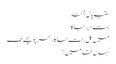
ستیہ پال آنند
بہت دیر جاگا
میں کل رات جاگا، سحر پو پھٹے تک
کہاں تھا میں؟